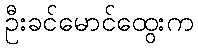
ဦးခင်မောင်ထွေးက